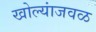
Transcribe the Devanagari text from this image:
खोल्यांजवळ